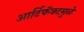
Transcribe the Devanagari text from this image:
आर्टिफॅक्टमुळे